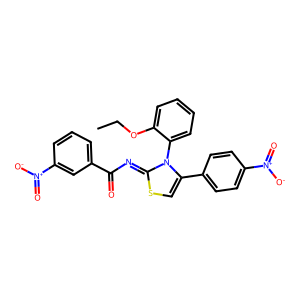
SMILES: CCOc1ccccc1-n1c(-c2ccc([N+](=O)[O-])cc2)csc1=NC(=O)c1cccc([N+](=O)[O-])c1
Inhibits HIV replication: No